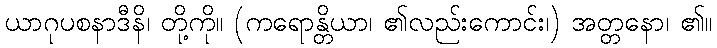
ယာဂုပစနာဒီနိ၊ တို့ကို။ (ကရောန္တိယာ၊ ၏လည်းကောင်း၊) အတ္တနော၊ ၏။